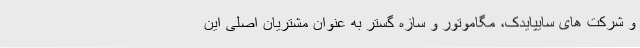
و شرکت های سایپایدک، مگاموتور و سازه گستر به عنوان مشتریان اصلی این